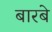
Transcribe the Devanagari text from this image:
बारबे